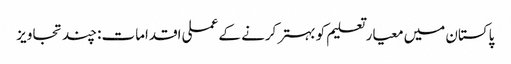
پاکستان میں معیار تعلیم کو بہتر کرنے کے عملی اقدامات: چند تجاویز